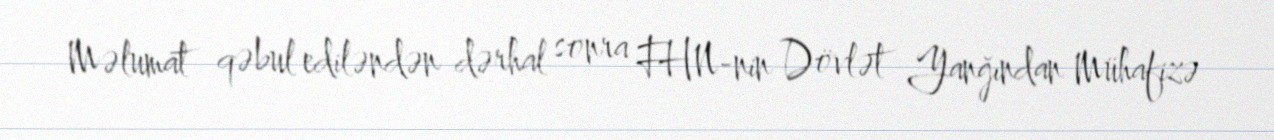
Məlumat qəbul ediləndən dərhal sonra FHN-nin Dövlət Yanğından Mühafizə